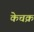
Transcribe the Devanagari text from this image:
केचक्र